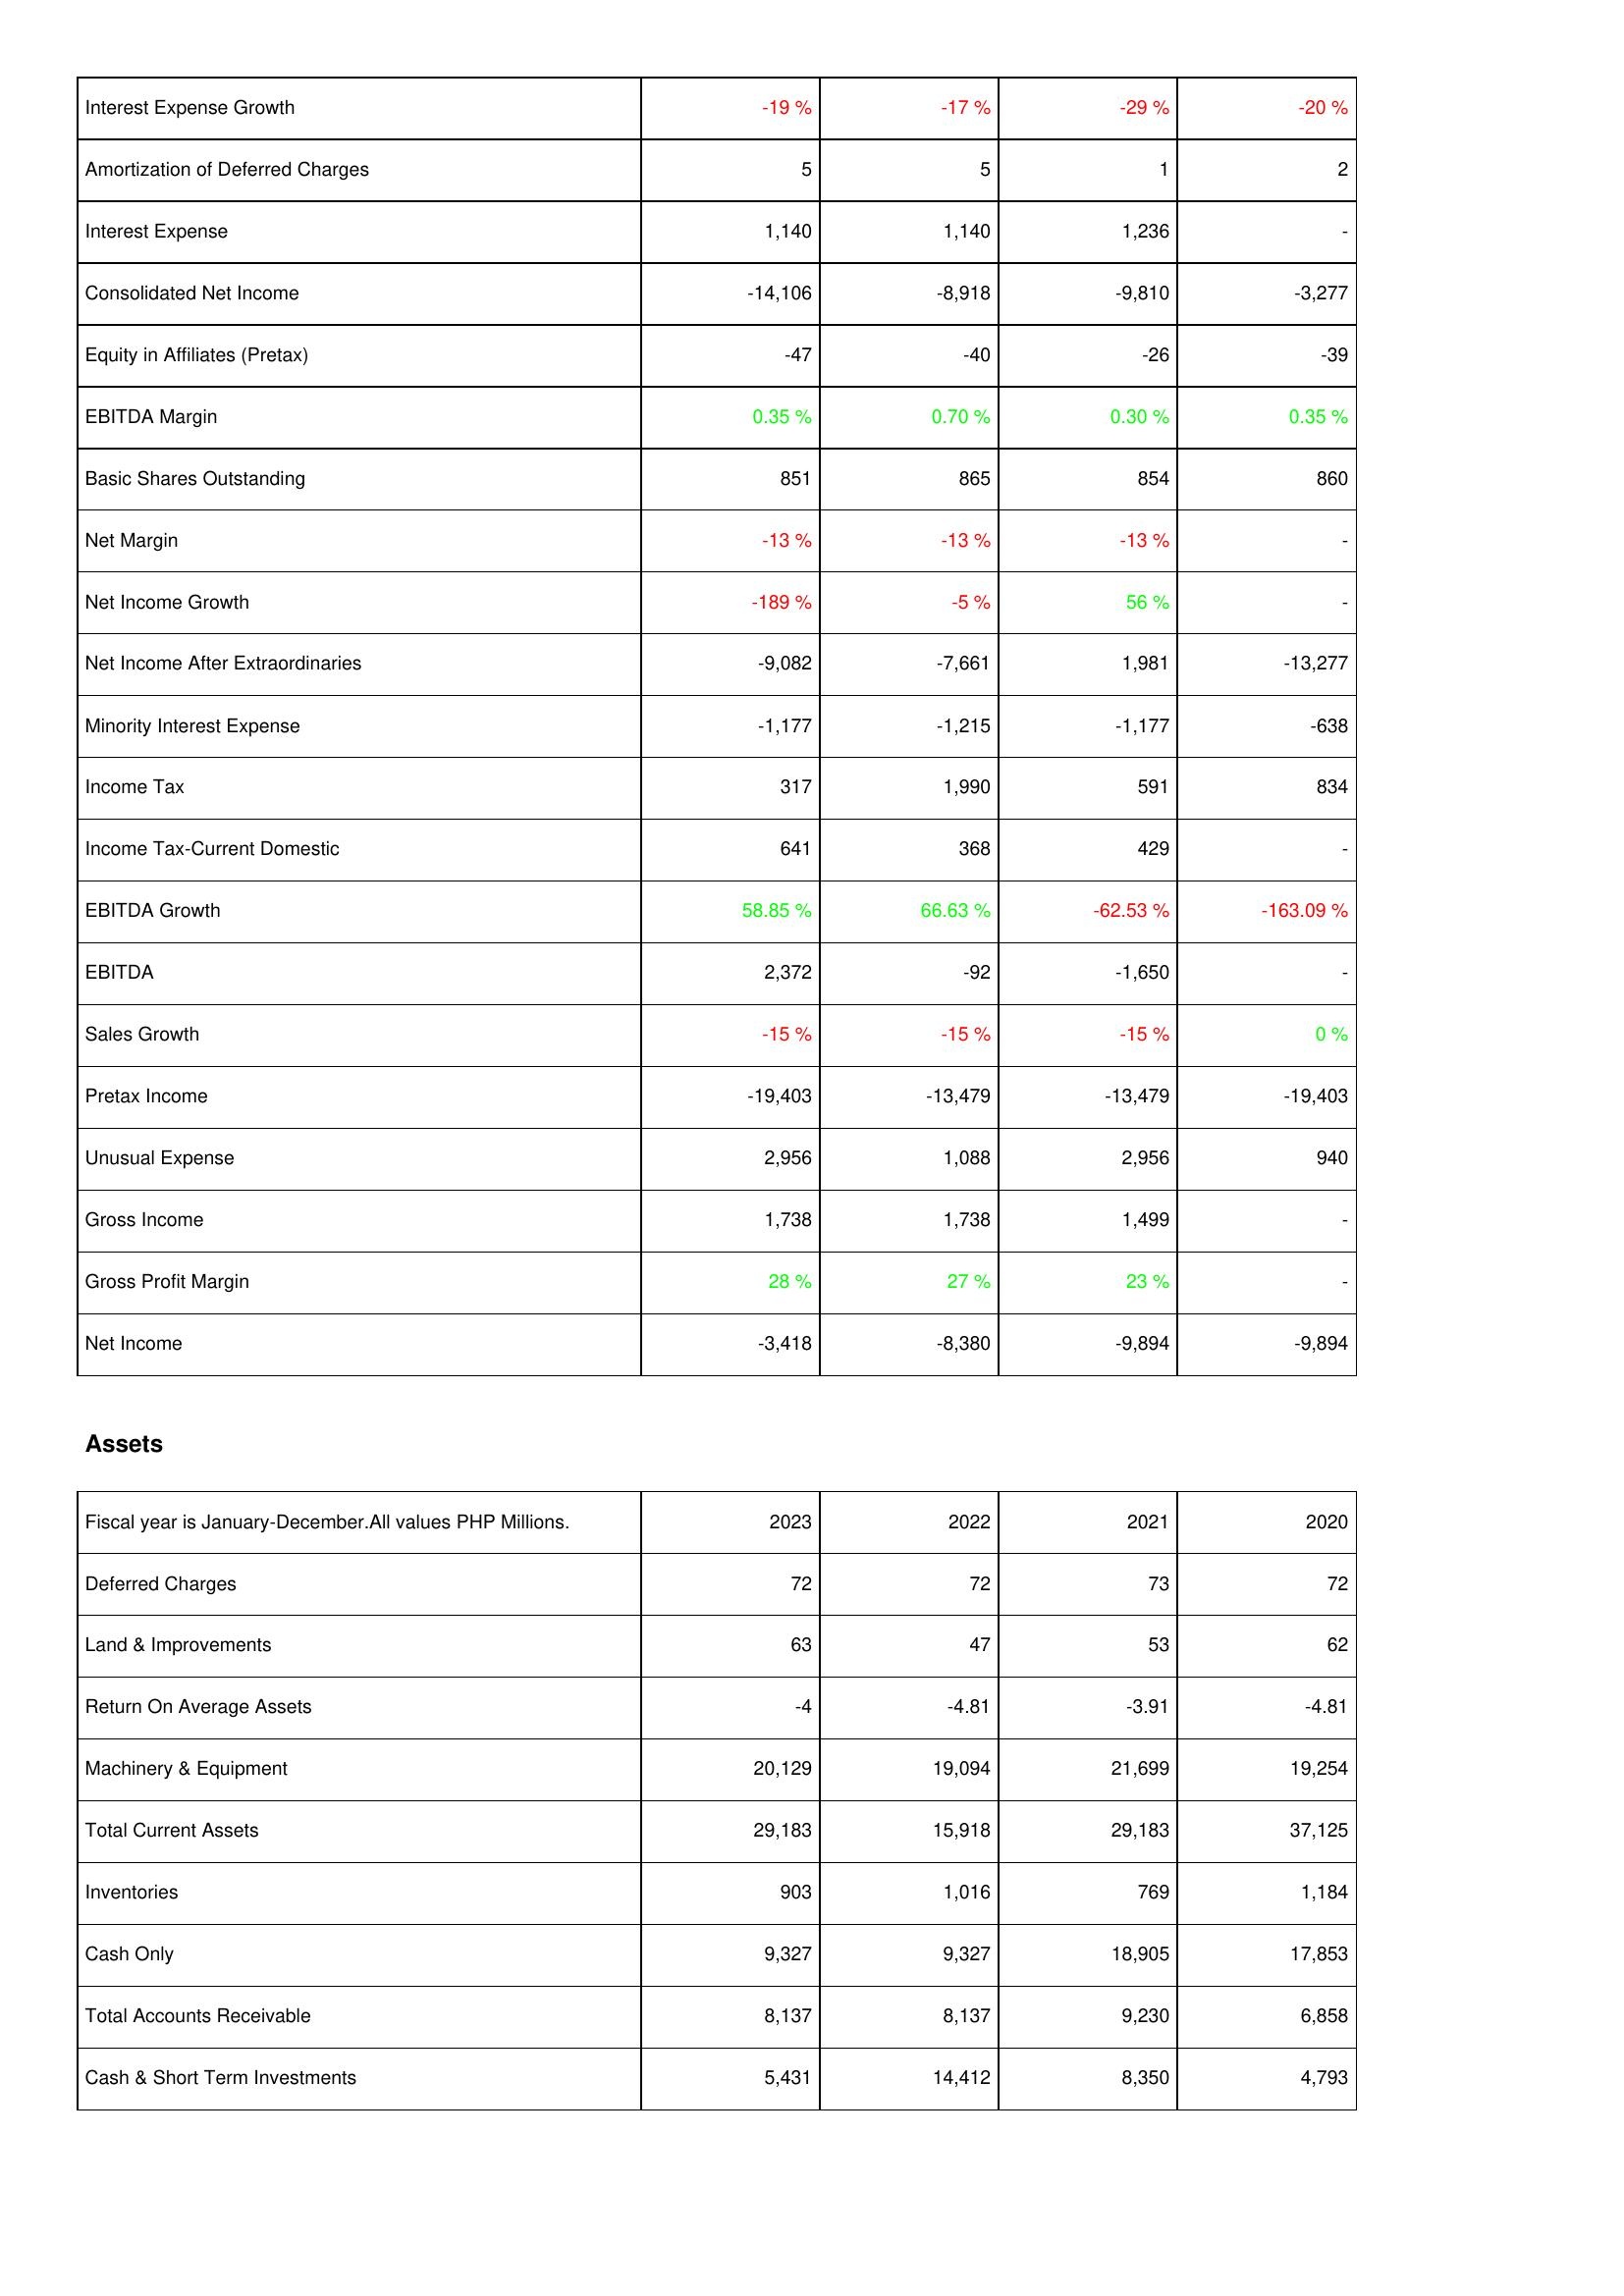
2023: Income Statement: Interest Expense Growth: -19 %
Amortization of Deferred Charges: 5
Interest Expense: 1,140
Consolidated Net Income: -14,106
Equity in Affiliates (Pretax): -47
EBITDA Margin: 0.35 %
Basic Shares Outstanding: 851
Net Margin: -13 %
Net Income Growth: -189 %
Net Income After Extraordinaries: -9,082
Minority Interest Expense: -1,177
Income Tax: 317
Income Tax-Current Domestic: 641
EBITDA Growth: 58.85 %
EBITDA: 2,372
Sales Growth: -15 %
Pretax Income: -19,403
Unusual Expense: 2,956
Gross Income: 1,738
Gross Profit Margin: 28 %
Net Income: -3,418
Assets: Deferred Charges: 72
Land & Improvements: 63
Return On Average Assets: -4
Machinery & Equipment: 20,129
Total Current Assets: 29,183
Inventories: 903
Cash Only: 9,327
Total Accounts Receivable: 8,137
Cash & Short Term Investments: 5,431
2022: Income Statement: Interest Expense Growth: -17 %
Amortization of Deferred Charges: 5
Interest Expense: 1,140
Consolidated Net Income: -8,918
Equity in Affiliates (Pretax): -40
EBITDA Margin: 0.70 %
Basic Shares Outstanding: 865
Net Margin: -13 %
Net Income Growth: -5 %
Net Income After Extraordinaries: -7,661
Minority Interest Expense: -1,215
Income Tax: 1,990
Income Tax-Current Domestic: 368
EBITDA Growth: 66.63 %
EBITDA: -92
Sales Growth: -15 %
Pretax Income: -13,479
Unusual Expense: 1,088
Gross Income: 1,738
Gross Profit Margin: 27 %
Net Income: -8,380
Assets: Deferred Charges: 72
Land & Improvements: 47
Return On Average Assets: -4.81
Machinery & Equipment: 19,094
Total Current Assets: 15,918
Inventories: 1,016
Cash Only: 9,327
Total Accounts Receivable: 8,137
Cash & Short Term Investments: 14,412
2021: Income Statement: Interest Expense Growth: -29 %
Amortization of Deferred Charges: 1
Interest Expense: 1,236
Consolidated Net Income: -9,810
Equity in Affiliates (Pretax): -26
EBITDA Margin: 0.30 %
Basic Shares Outstanding: 854
Net Margin: -13 %
Net Income Growth: 56 %
Net Income After Extraordinaries: 1,981
Minority Interest Expense: -1,177
Income Tax: 591
Income Tax-Current Domestic: 429
EBITDA Growth: -62.53 %
EBITDA: -1,650
Sales Growth: -15 %
Pretax Income: -13,479
Unusual Expense: 2,956
Gross Income: 1,499
Gross Profit Margin: 23 %
Net Income: -9,894
Assets: Deferred Charges: 73
Land & Improvements: 53
Return On Average Assets: -3.91
Machinery & Equipment: 21,699
Total Current Assets: 29,183
Inventories: 769
Cash Only: 18,905
Total Accounts Receivable: 9,230
Cash & Short Term Investments: 8,350
2020: Income Statement: Interest Expense Growth: -20 %
Amortization of Deferred Charges: 2
Interest Expense: -
Consolidated Net Income: -3,277
Equity in Affiliates (Pretax): -39
EBITDA Margin: 0.35 %
Basic Shares Outstanding: 860
Net Margin: -
Net Income Growth: -
Net Income After Extraordinaries: -13,277
Minority Interest Expense: -638
Income Tax: 834
Income Tax-Current Domestic: -
EBITDA Growth: -163.09 %
EBITDA: -
Sales Growth: 0 %
Pretax Income: -19,403
Unusual Expense: 940
Gross Income: -
Gross Profit Margin: -
Net Income: -9,894
Assets: Deferred Charges: 72
Land & Improvements: 62
Return On Average Assets: -4.81
Machinery & Equipment: 19,254
Total Current Assets: 37,125
Inventories: 1,184
Cash Only: 17,853
Total Accounts Receivable: 6,858
Cash & Short Term Investments: 4,793